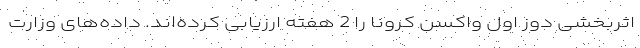
اثربخشی دوز اول واکسن کرونا را 2 هفته ارزیابی کرده‌اند. داده‌های وزارت